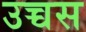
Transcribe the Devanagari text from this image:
उच्चस